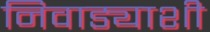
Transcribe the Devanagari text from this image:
निवाड्याशी